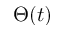
\Theta ( t )